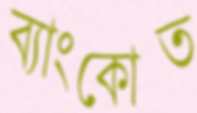
ব্যাংকোত